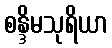
စန္ဒိမသုရိယာ